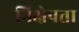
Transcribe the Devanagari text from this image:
निक्षेपता